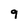
Character: 9